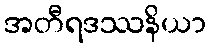
အတီရဒဿနိယာ